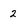
Character: 2